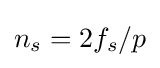
n_{s}=2f_{s}/p